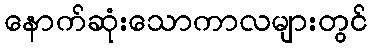
နောက်ဆုံးသောကာလများတွင်